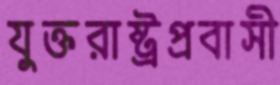
যুক্তরাষ্ট্রপ্রবাসী